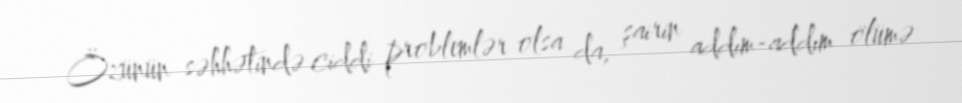
Özünün səhhətində ciddi problemlər olsa da, şairin addım-addım ölümə